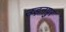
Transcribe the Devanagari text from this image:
उड़नपुर